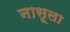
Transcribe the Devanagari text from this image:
नासूला